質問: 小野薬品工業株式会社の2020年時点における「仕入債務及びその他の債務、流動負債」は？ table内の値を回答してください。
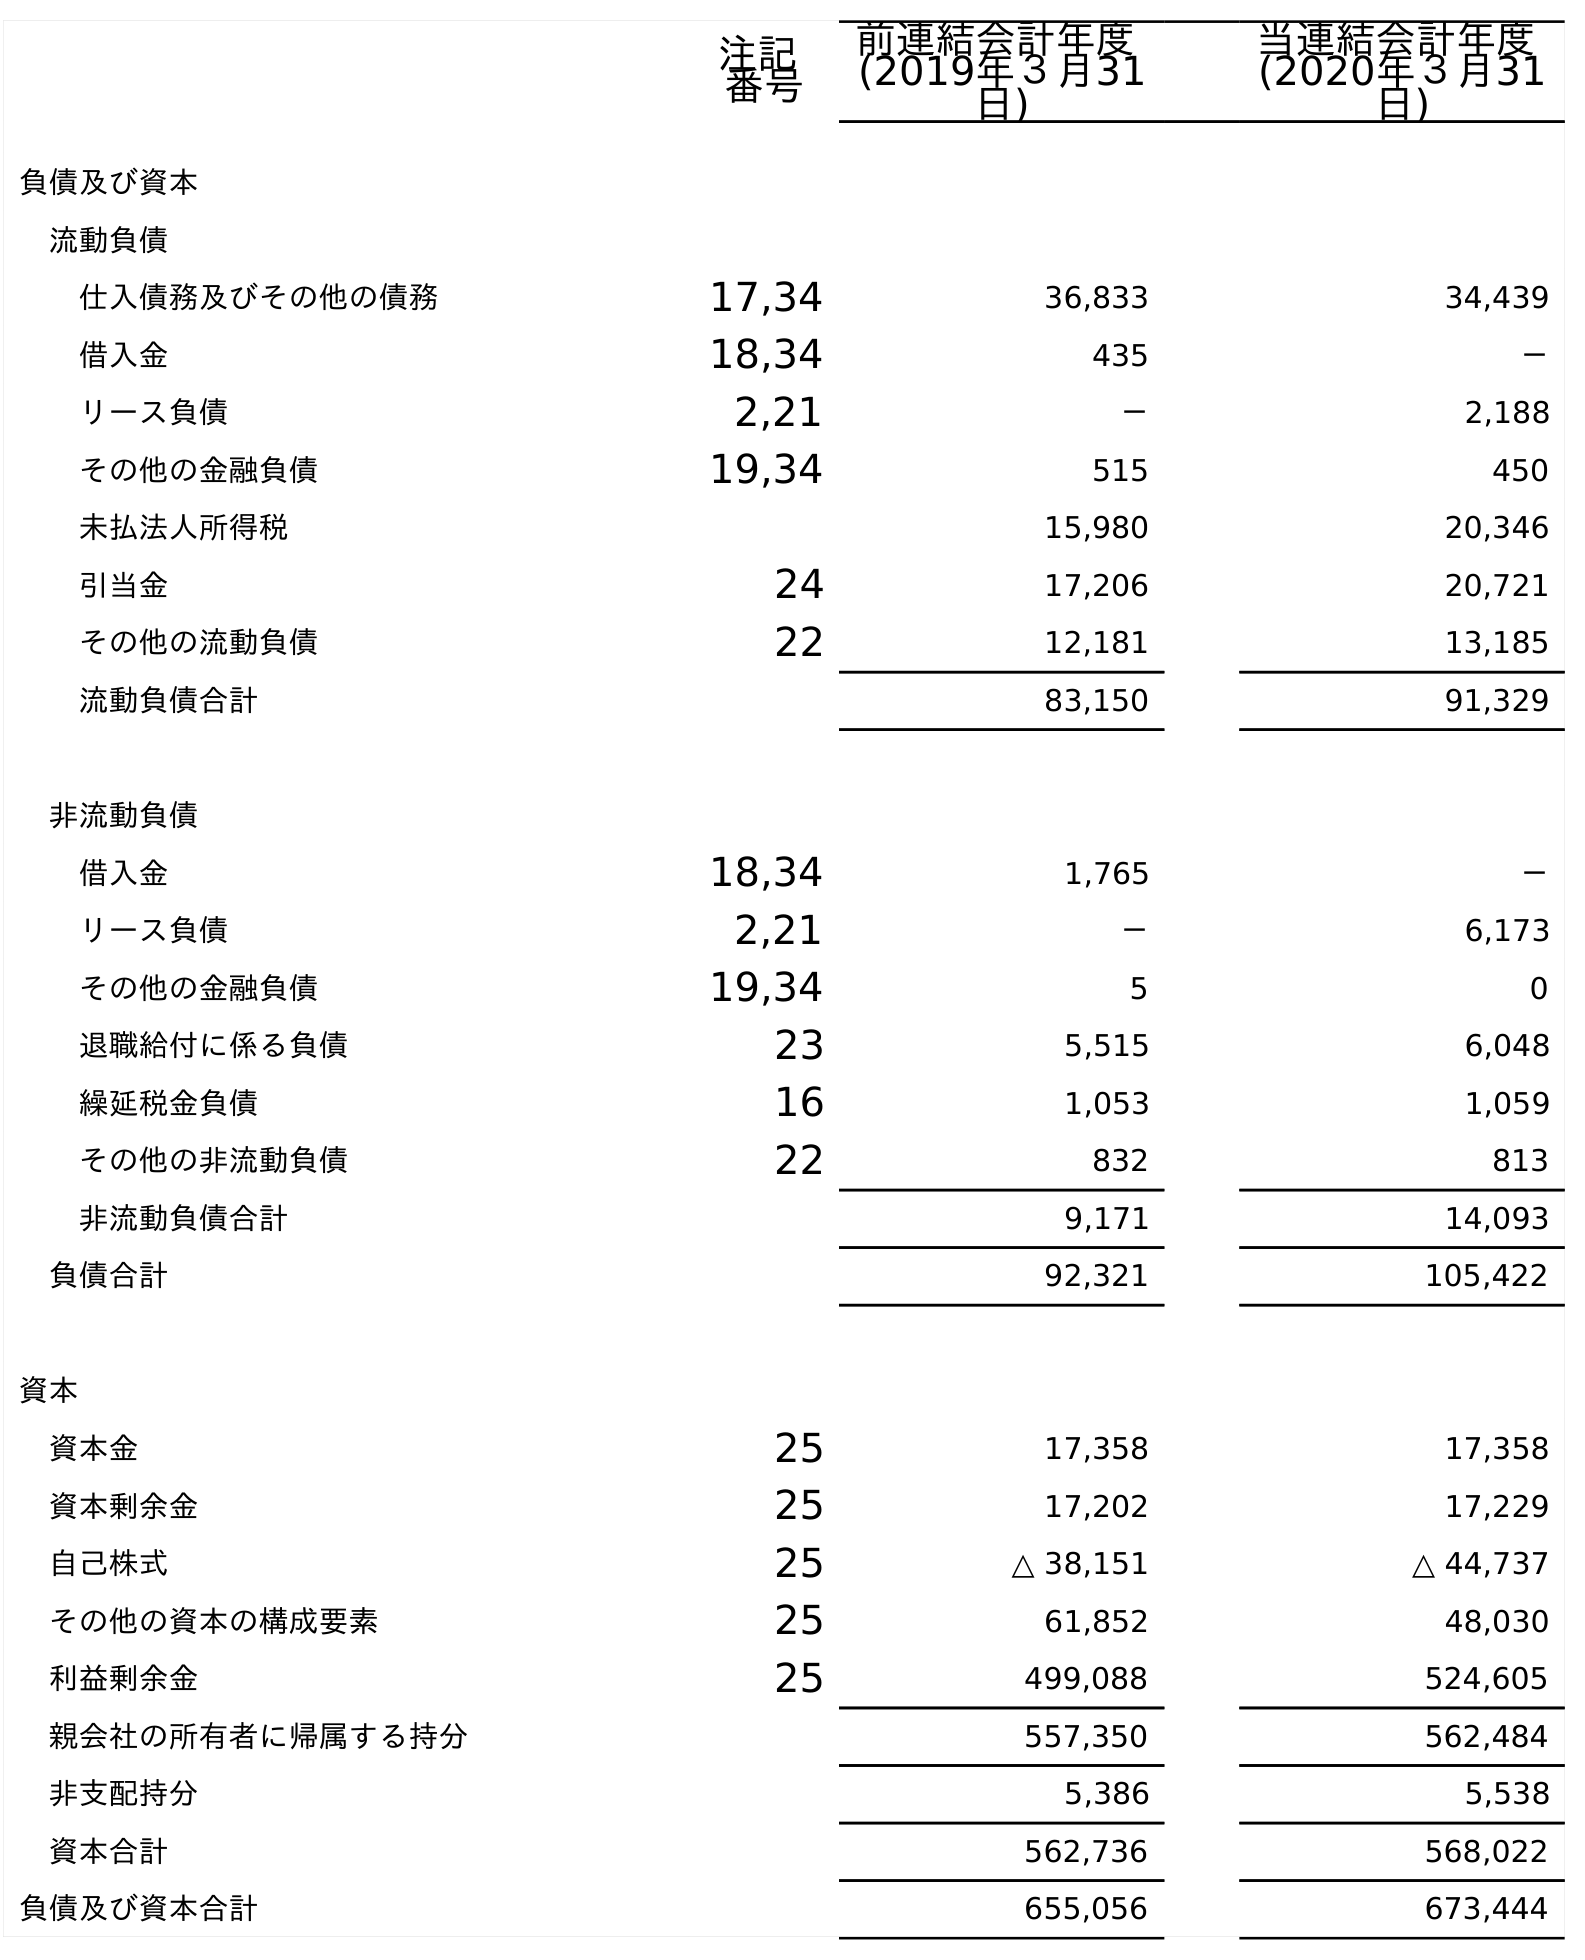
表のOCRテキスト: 注記 番号 前連結会計年度 (2019年３月31 日) 当連結会計年度 (2020年３月31 日) 負債及び資本 流動負債 仕入債務及びその他の債務 17,34 36,833 34,439 借入金 18,34 435 － リース負債 2,21 － 2,188 その他の金融負債 19,34 515 450 未払法人所得税 15,980 20,346 引当金 24 17,206 20,721 その他の流動負債 22 12,181 13,185 流動負債合計 83,150 91,329 非流動負債 借入金 18,34 1,765 － リース負債 2,21 － 6,173 その他の金融負債 19,34 5 0 退職給付に係る負債 23 5,515 6,048 繰延税金負債 16 1,053 1,059 その他の非流動負債 22 832 813 非流動負債合計 9,171 14,093 負債合計 92,321 105,422 資本 資本金 25 17,358 17,358 資本剰余金 25 17,202 17,229 自己株式 25 △ 38,151 △ 44,737 その他の資本の構成要素 25 61,852 48,030 利益剰余金 25 499,088 524,605 親会社の所有者に帰属する持分 557,350 562,484 非支配持分 5,386 5,538 資本合計 562,736 568,022 負債及び資本合計 655,056 673,444
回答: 34,439